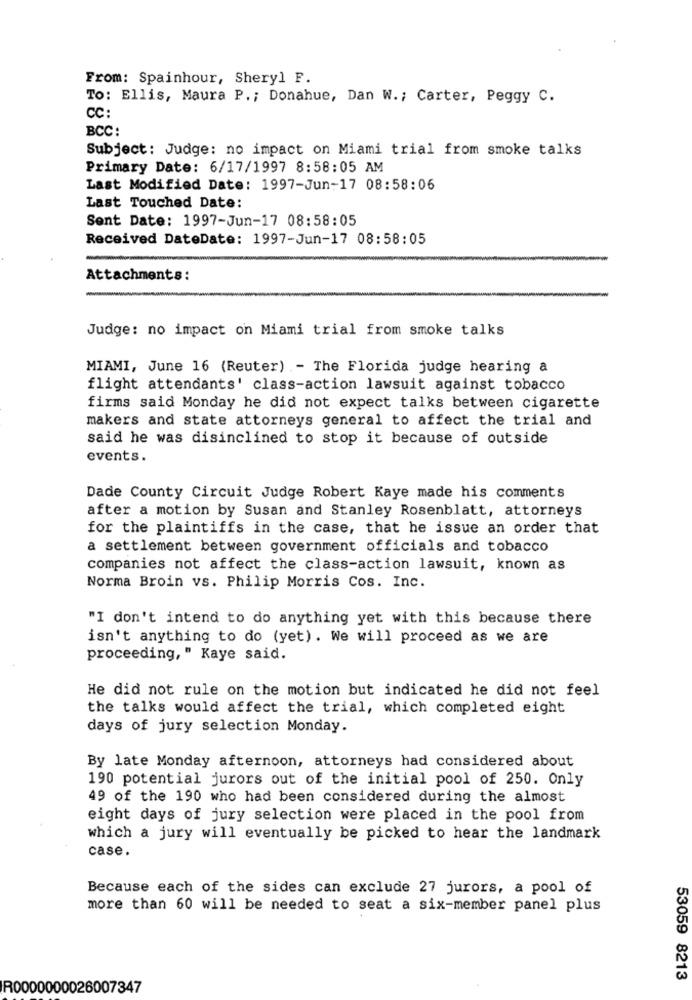
From: Spainhour, Sheryl F.
To: Ellis, Maura P .; Donahue, Dan W .; Carter, Peggy C.
CC:
BCC:
Subject: Judge: no impact on Miami trial from smoke talks
Primary Date: 6/17/1997 8:58:05 AM
Last Modified Date: 1997-Jun-17 08:58:06
Last Touched Date:
Sent Date: 1997-Jun-17 08:58:05
Received DateDate: 1997-Jun-17 08:58:05
Attachments:
Judge: no impact on Miami trial from smoke talks
MIAMI, June 16 (Reuter) - The Florida judge hearing a
flight attendants' class-action lawsuit against tobacco
firms said Monday he did not expect talks between cigarette
makers and state attorneys general to affect the trial and
said he was disinclined to stop it because of outside
events.
Dade County Circuit Judge Robert Kaye made his comments
after a motion by Susan and Stanley Rosenblatt, attorneys
for the plaintiffs in the case, that he issue an order that
a settlement between government officials and tobacco
companies not affect the class-action lawsuit, known as
Norma Broin vs. Philip Morris Cos. Inc.
"I don't intend to do anything yet with this because there
isn't anything to do (yet). We will proceed as we are
proceeding, " Kaye said.
He did not rule on the motion but indicated he did not feel
the talks would affect the trial, which completed eight
days of jury selection Monday.
By late Monday afternoon, attorneys had considered about
190 potential jurors out of the initial pool of 250. Only
49 of the 190 who had been considered during the almost
eight days of jury selection were placed in the pool from
which a jury will eventually be picked to hear the landmark
case.
Because each of the sides can exclude 27 jurors, a pool of
more than 60 will be needed to seat a six-member panel plus
53059 8213
R0000000026007347